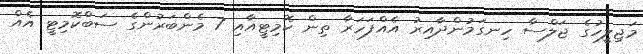
މަޖިލީހުގެ ޖަލްސާ ހިނގަމުންދާއިރު އެއްފަހަރާ ތިން ކޮމިޓީއާއި 7 މެންބަރުންގެ ސަބްކޮމިޓީ އެއް